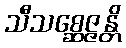
သီသစ္ဆေဇ္ဇန္တိ